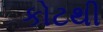
કોટથી